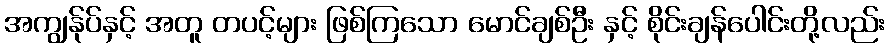
အကျွန်ုပ်နှင့် အတူ တပင့်များ ဖြစ်ကြသော မောင်ချစ်ဦး နှင့် စိုင်းချန်ပေါင်းတို့လည်း